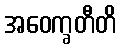
အဝေက္ခတီတိ